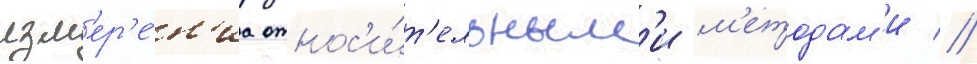
изм'ер'е́н'иа относ'и́т'ельным'и м'етодам'и //